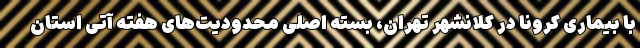
با بیماری کرونا در کلانشهر تهران، بسته اصلی محدودیت‌های هفته آتی استان